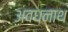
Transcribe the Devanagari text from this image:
अवधनाथ